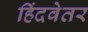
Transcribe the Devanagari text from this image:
हिंदवेतर